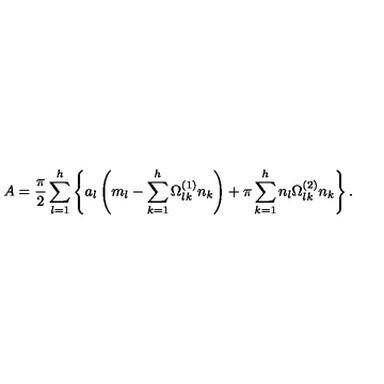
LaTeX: A = { \frac { \pi } { 2 } } \sum _ { l = 1 } ^ { h } \left\{ a _ { l } \left( m _ { l } - \sum _ { k = 1 } ^ { h } \Omega _ { l k } ^ { ( 1 ) } n _ { k } \right) + \pi \sum _ { k = 1 } ^ { h } n _ { l } \Omega _ { l k } ^ { ( 2 ) } n _ { k } \right\} .